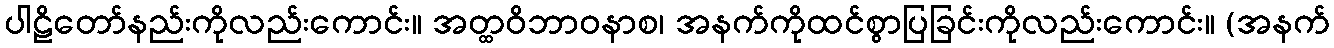
ပါဠိတော်နည်းကိုလည်းကောင်း။ အတ္ထဝိဘာဝနာစ၊ အနက်ကိုထင်စွာပြခြင်းကိုလည်းကောင်း။ (အနက်